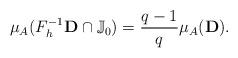
LaTeX: \begin{align*}\mu_A (F_{h}^{-1}{\bf D} \cap \mathbb J_{0}) = \frac{q-1}{q}\mu_A({\bf D}).\end{align*}